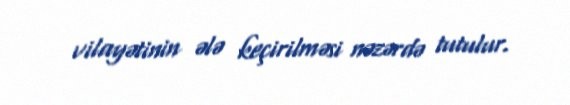
vilayətinin ələ keçirilməsi nəzərdə tutulur.